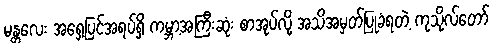
မန္တလေး အရှေ့ပြင်အရပ်ရှိ ကမ္ဘာ့အကြီးဆုံး စာအုပ်လို့ အသိအမှတ်ပြုခံရတဲ့ ကုသိုလ်တော်